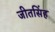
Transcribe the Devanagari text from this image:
जीतसिंह